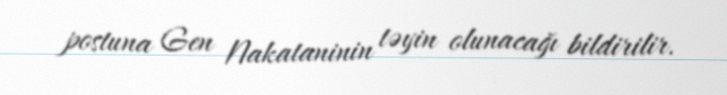
postuna Gen Nakataninin təyin olunacağı bildirilir.